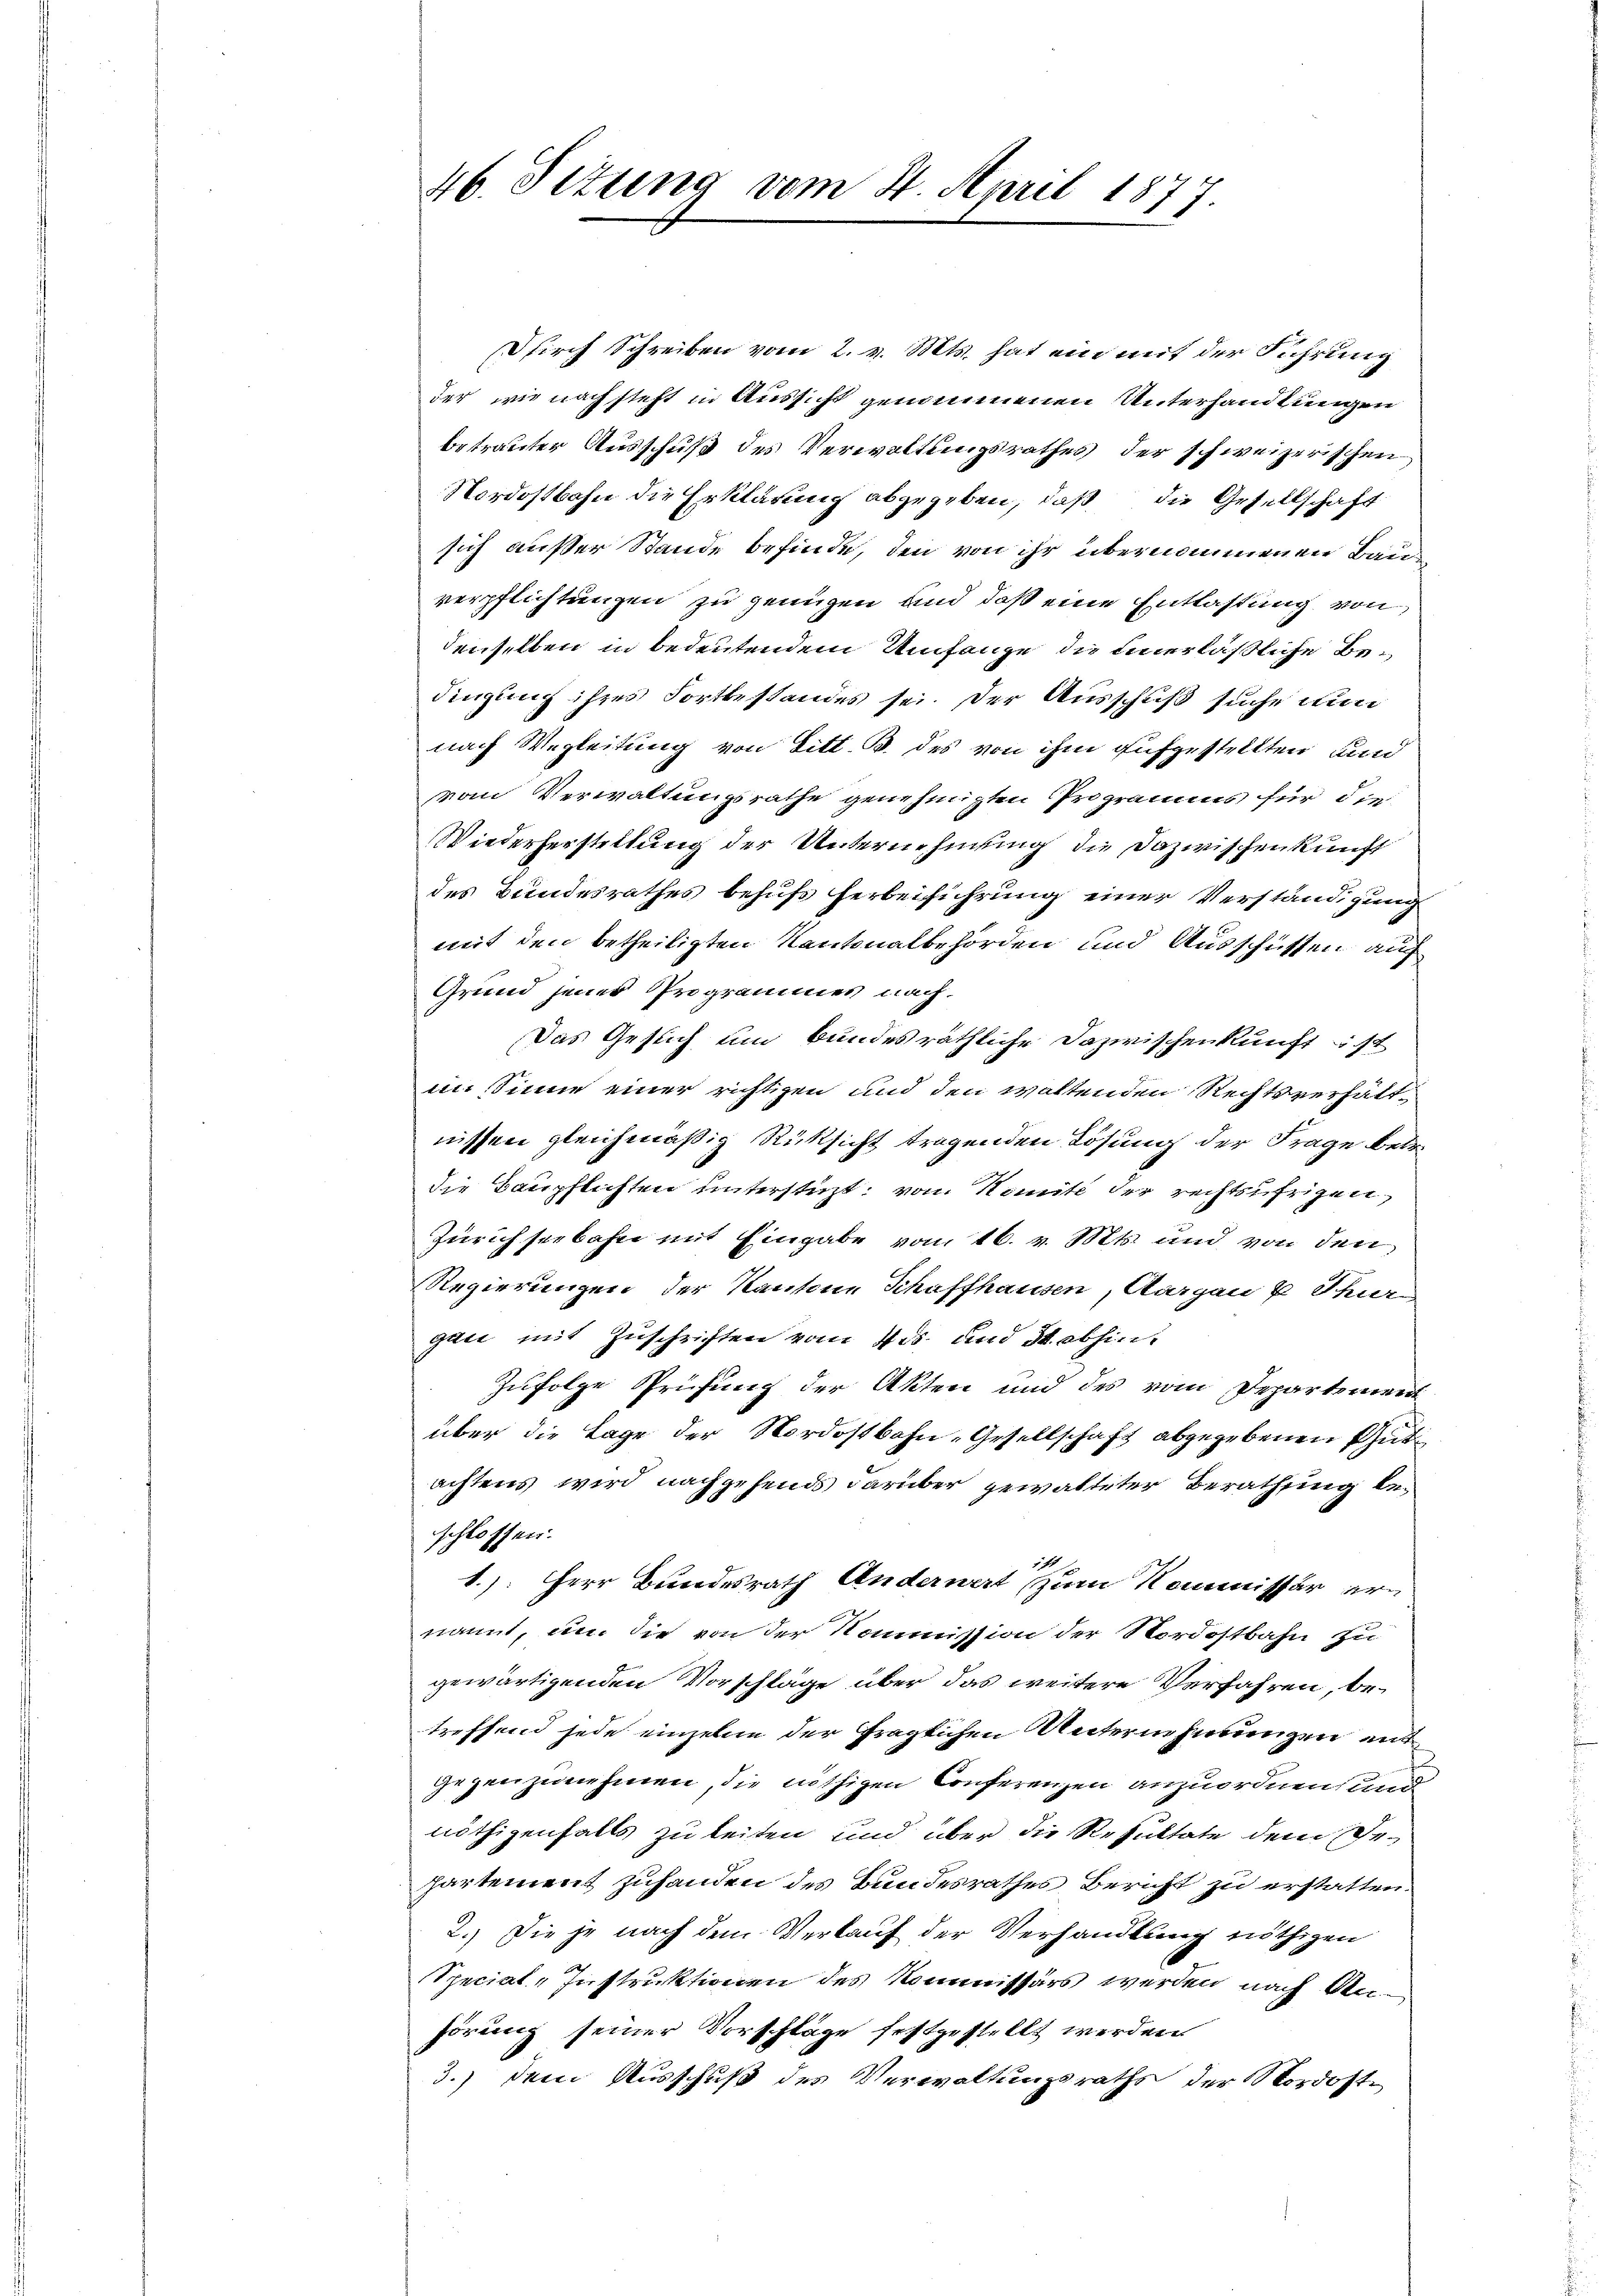
46. Seitung vom 24. April 1877

Durch Schreiben vom 2. v. Mts. hat ein mit der Führung
der, wie nach steht in Aussicht genommenen Unterhandlungen
betrauter Ausschuß des Verwaltungsrathes der schweizerischen
Nordostbahn die Erklärung abgegeben, daß die Gesellschaft
sich außer Stande befinde, den von ihr übernommenen Baue
verpflichtungen zu genügen und daß eine Entlastung von
denselben in bedeutendem Umfange die einerläßliche Bedingung ihres Fortbestandes sei. Der Ausschuß suche nun
nach Wegleitung von Litt. B. des von ihm aufgestritten, und
vom Verwaltungsrathe genehmigten Programms für die
Wiederherstellung der Unternehmung die Dazwischenkunft
des Bundesrathes behufs herbeiführung einer Verständigung
mit den betheiligten Kantonalbehörden und Ausschüssen auf
Grund jenes Programmes nach,
Das Gesuch um bundesräthliche Dazwischenkunft st
im Sinne einer richtigen und den waltenden Rechtsverhältnissen gleichmäßig Rüksicht tragenden Lösung der Frage betr.
die Baupflichten unterstüzt, von Nomite der rechtsufrigen,
Zürichseebahn mit Eingabe vom 16. v. Mts. und von den
Regierungen der Kantone Schaffhausen, Aargau u Thuri-
gan mit Zuschriften vom 4. ds. und St. abhin¬
Zufolge Prüfung der Akten und des vom Departement
über die Lage der Nordostbahn-Gesellschaft abgegebenen Gutachtens wird nachgehend darüber gewalteter Berathung beschlossen.
1
1.) Herr Bundesrath Anderwart zum Kommissär ern
nannt, um die von der Kommission der Nordostbahn zu
gewärtigenden Vorschläge über das weitere Verfahren, betreffend jede einzelne der fraglichen Unternehmungen entgegenzunehmen, die nöthigen Conferenzen anzuordnen, und
nöthigenfalls zu leiten und über die Resultate dem Gehartement zuhanden des Bundesrathes Bericht zu erstatten.
2.) Die je nach dem Verkauf der Verhandlung nöthigen
Special-Instruktionen des Kommissärs werden nach Anhörung seiner Vorschläge festgestellt werden
3.) dem Ausschuß des Verwaltungsraths der Nordost¬